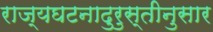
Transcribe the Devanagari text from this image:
राज्यघटनादुरुस्तीनुसार